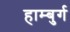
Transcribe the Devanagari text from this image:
हाम्बुर्ग